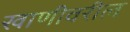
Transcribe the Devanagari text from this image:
खाणीवरील